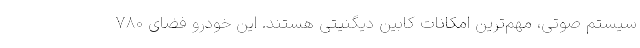
سیستم صوتی، مهم‌ترین امکانات کابین دیگنیتی هستند. این خودرو فضای 780